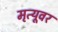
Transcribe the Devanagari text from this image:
मृत्‍यूवर